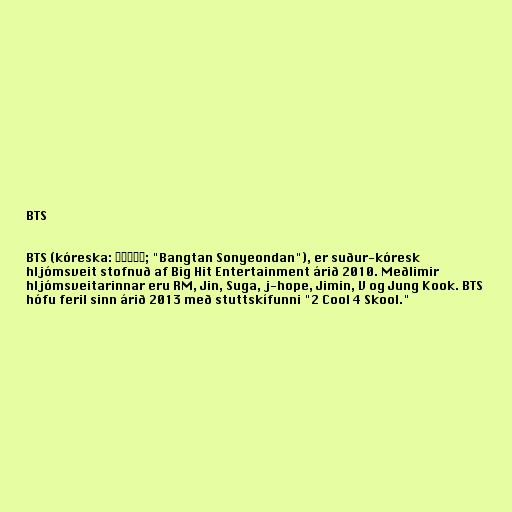
BTS

BTS (kóreska: 방탄소년단; "Bangtan Sonyeondan"), er suður-kóresk
hljómsveit stofnuð af Big Hit Entertainment árið 2010. Meðlimir
hljómsveitarinnar eru RM, Jin, Suga, j-hope, Jimin, V og Jung Kook. BTS
hófu feril sinn árið 2013 með stuttskífunni "2 Cool 4 Skool."